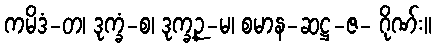
ကမိဒံ-တ၊ ဒုက္ခံ-စ၊ ဒုက္ခဉ္-မ၊ စမာန-ဆဋ္ဌ-ဇ- ဂိုဏ်း။